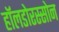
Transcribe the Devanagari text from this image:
हॉलडोरस्सोन